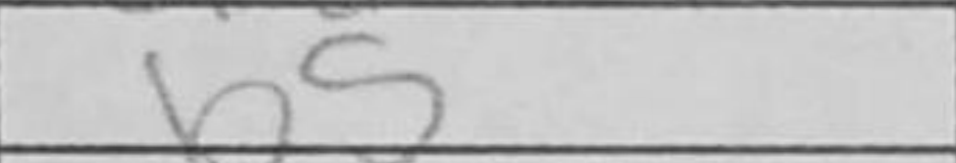
Transcription: b5